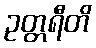
ဥတ္တရီတိ